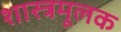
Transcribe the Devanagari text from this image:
शास्त्रमूलक